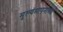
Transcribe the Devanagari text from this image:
मुल्यमापनाच्या